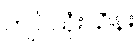
ကျပ်သုံးသိန်း